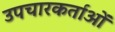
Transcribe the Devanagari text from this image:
उपचारकर्ताओं